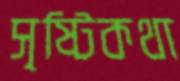
সৃষ্টিকথা